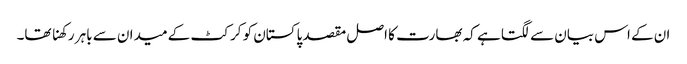
ان کے اس بیان سے لگتا ہے کہ بھارت کا اصل مقصد پاکستان کو کرکٹ کے میدان سے باہر رکھنا تھا۔